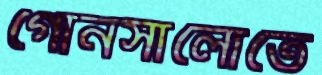
গোনসালোতে